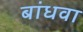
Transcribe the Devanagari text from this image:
बांधवा